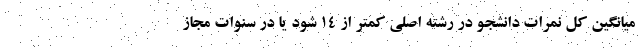
میانگین کل نمرات دانشجو در رشته اصلی کمتر از ۱۴ شود یا در سنوات مجاز